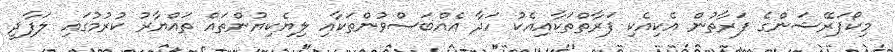
މިކޯޕަރޭޝަންގެ ފަރާތުން އެކިއެކި ފަރާތްތަކާއިއެކު ހަދާ އެއްބަސްވުންތަކާއި ލިޔެކިޔުންތައް ތައްޔާރު ކުރުމުގައި ލަފާދީ